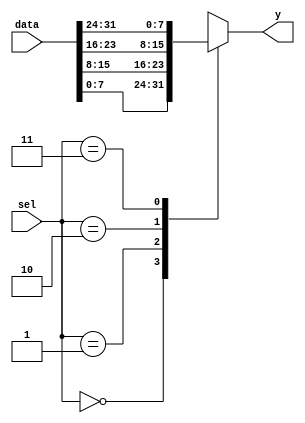
// This program was cloned from: https://github.com/RomeoMe5/DDLM
// License: MIT License

module bn_mux_n_1_generate 
#( parameter  DATA_WIDTH = 8,
   parameter  SEL_WIDTH   = 2) 
(
    input   [((2**SEL_WIDTH)*DATA_WIDTH)-1:0] data,
    input   [SEL_WIDTH-1:0]                   sel,   
    output  [DATA_WIDTH-1:0]                  y
);

wire    [DATA_WIDTH-1:0] tmp_array [0:(2**SEL_WIDTH)-1];

genvar i;
generate
    for(i=0; i<2**SEL_WIDTH; i=i+1) 
    begin: gen_array
        assign  tmp_array[i] = data[((i+1)*DATA_WIDTH)-1:(i*DATA_WIDTH)];
    end
endgenerate

    assign  y =  tmp_array[sel];

endmodule


module bn_selector_n_1_generate 
#( parameter  DATA_WIDTH = 8,
   parameter  INPUT_CHANNELS   = 2) 
(
    input   [(INPUT_CHANNELS*DATA_WIDTH)-1:0] data,
    input   [INPUT_CHANNELS-1:0]              sel,   
    output  [DATA_WIDTH-1:0]                  y
);

genvar i;
generate
    for(i=0;i<INPUT_CHANNELS;i=i+1) 
    begin: gen_array
        assign y = sel[i] ? data[((i+1)*DATA_WIDTH)-1:(i*DATA_WIDTH)] : {DATA_WIDTH{1'bx}};
    end
endgenerate

endmodule

module lab4
(
    input   [ 1:0]  KEY,
    input   [ 9:0]  SW,
    output  [ 9:0]  LEDR
);

    bn_mux_n_1_generate #(2,2) bn_mux_n_1_generate (.data({SW[7:6],SW[5:4],SW[3:2],SW[1:0]}), .sel(KEY[1:0]), .y(LEDR[1:0]));
    bn_selector_n_1_generate #(4,2) bn_selector_n_1_generate (.data({SW[7:4],SW[3:0]}), .sel(SW[9:8]), .y(LEDR[9:6]));

endmodule